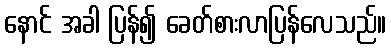
နောင် အခါ ပြန်၍ ခေတ်စားလာပြန်လေသည်။